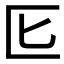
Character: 𭅔